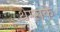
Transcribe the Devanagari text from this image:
थेम्सके